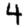
Digit: 4